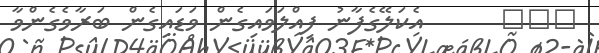
١٤٠      އެކަލޭގެފާނު ފިއްލަވައިގެން ވަޑައިގެން ބަރާވެގެންވާ